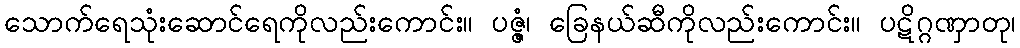
သောက်ရေသုံးဆောင်ရေကိုလည်းကောင်း။ ပဇ္ဇံ၊ ခြေနယ်ဆီကိုလည်းကောင်း။ ပဋိဂ္ဂဏှာတု၊